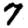
Digit: 7